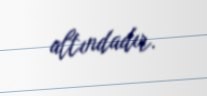
altındadır.